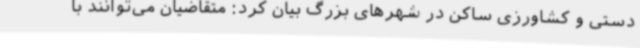
دستی و کشاورزی ساکن در شهرهای بزرگ بیان کرد: متقاضیان می‌توانند با